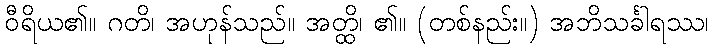
ဝီရိယ၏။ ဂတိ၊ အဟုန်သည်။ အတ္ထိ၊ ၏။ (တစ်နည်း။) အဘိသင်္ခါရဿ၊